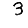
Digit: 3